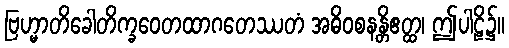
ဗြဟ္မာတိခေါတိက္ခဝေတထာဂတေဿတံ အဓိဝစနန္တိဧတ္ထ၊ ဤပါဠိ၌။